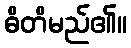
ဓိတိမည်၏။